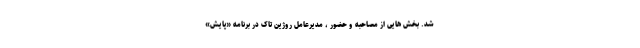
شد. بخش هایی از مصاحبه و حضور ، مدیرعامل روژین تاک در برنامه «پایش»